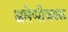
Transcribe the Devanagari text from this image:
अलेप्पीजवळ